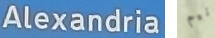
Alexandria نيم